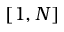
[ 1 , N ]